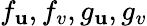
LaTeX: f_{\mathbf{u}},f_{v},g_{\mathbf{u}},g_{v}